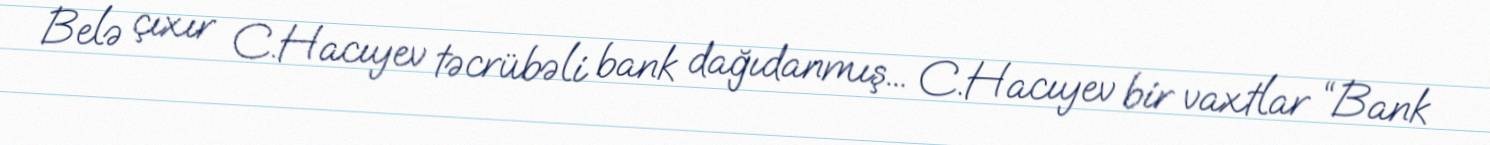
Belə çıxır C.Hacıyev təcrübəli bank dağıdanmış... C.Hacıyev bir vaxtlar “Bank